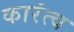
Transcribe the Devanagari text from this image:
कारंत्व